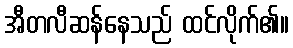
အီတလီဆန်နေသည် ထင်လိုက်၏။